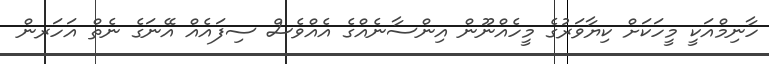
ހާނިމްއަކީ މީހަކަށް ކިޔާވަރުގެ މީހެއްނޫން އިންސާނެއްގެ އެއްވެސް ސިފައެއް އޭނަގެ ނެތް އަހަރން